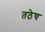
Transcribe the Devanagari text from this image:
तठेच